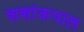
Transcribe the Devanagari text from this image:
शशांकपाल